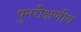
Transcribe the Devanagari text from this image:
पुनरीक्षणीय